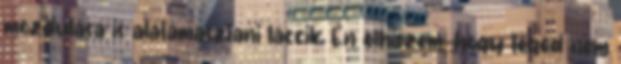
mozdulása is alátámasztani láccik. Én elhiszem, hogy téged nem